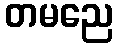
တမညေ